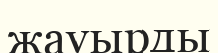
жауырды